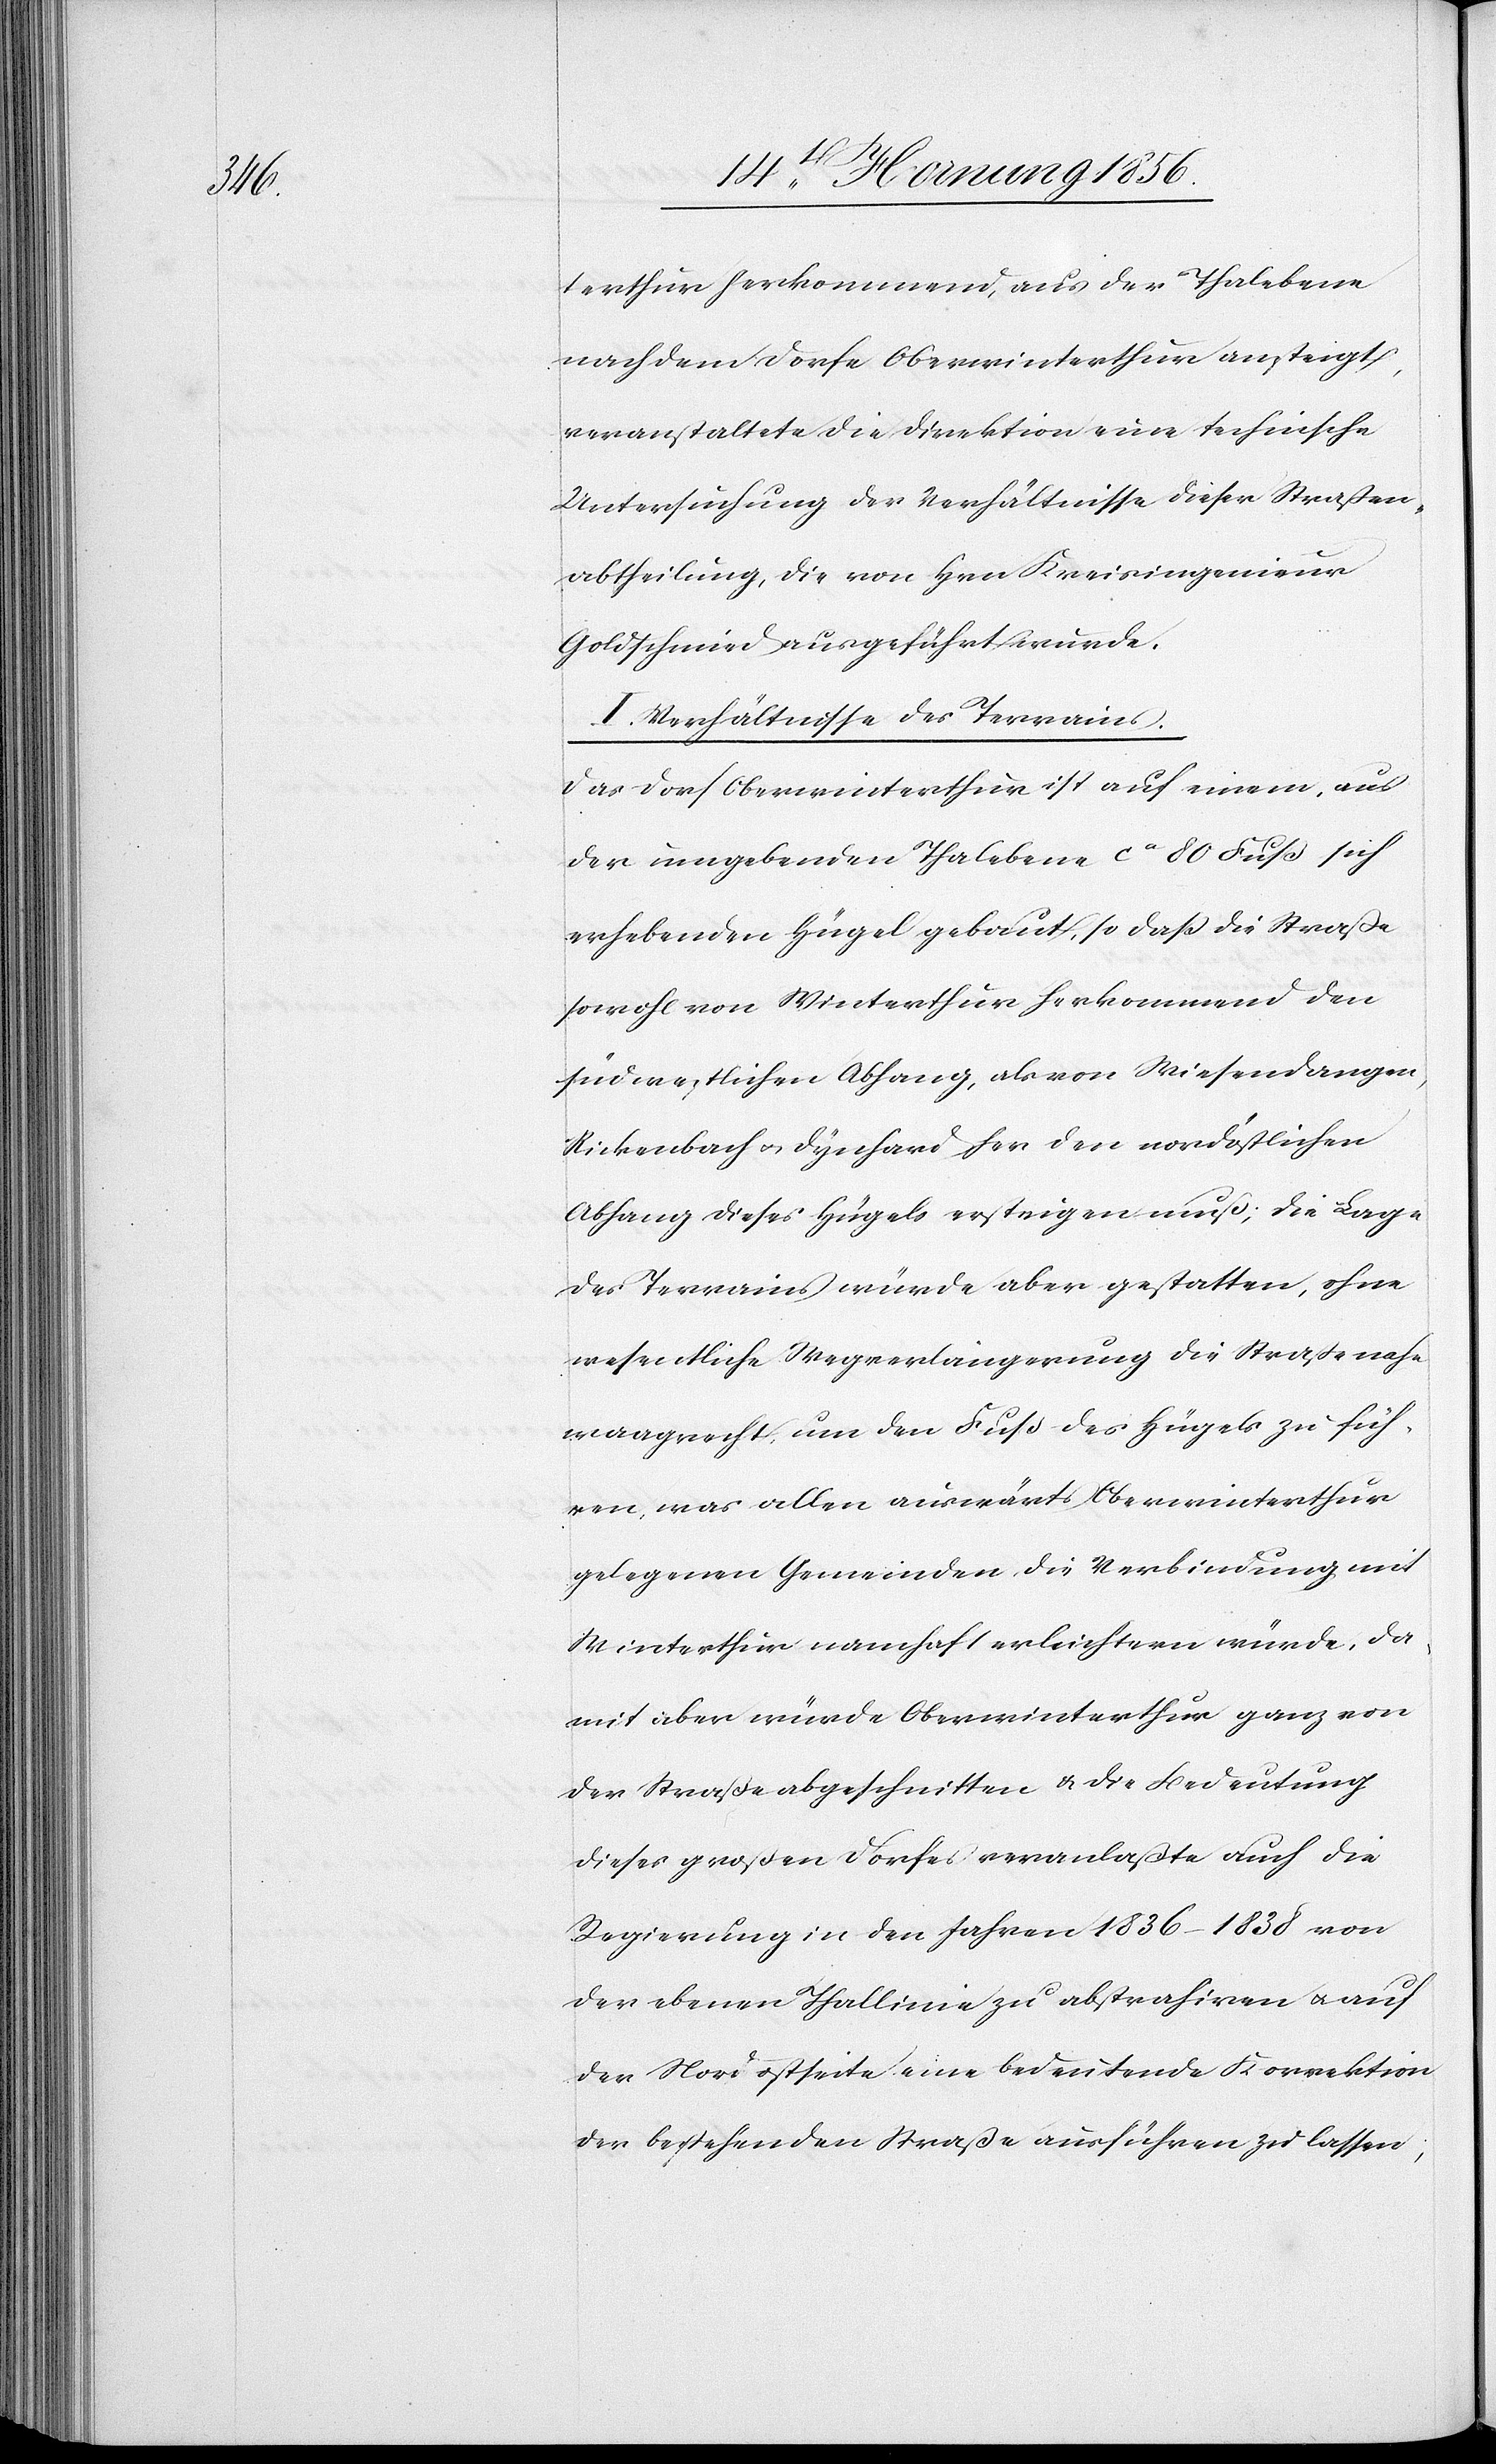
terthur herkommend, aus der Thalebene
nach dem Dorfe Oberwinterthur ansteigt,
veranstaltete die Direktion eine technische
Untersuchung der Verhältnisse dieser Straßen¬
abtheilung, die von Hrn Kreisingenieur
Goldschmied ausgeführt wurde.
I. Verhältnisse des Terrains
Das Dorf Oberwinterthur ist auf einem, aus
der umgebenden Thalebene ca 80 Fuß sich
erhebenden Hügel gebaut, so daß die Straße
sowohl von Winterthur herkommend den
südwestlichen Abhang, als von Wiesendangen,
Rickenbach u. Dynhard her den nordöstlichen
Abhang dieses Hügels ersteigen muß; die Lage
des Terrains würde aber gestatten, ohne
wesentliche Wegverlängerung die Straße nahe
waagrecht, um den Fuß des Hügels zu füh¬
ren, was allen auswärts Oberwinterthur
gelegenen Gemeinden die Verbindung mit
Winterthur namhaft erleichtern würde, da¬
mit aber würde Oberwinterthur ganz von
der Straße abgeschnitten & die Bedeutung
dieses großen Dorfes veranlaßte auch die
Regierung in den Jahren 1836–1838 von
der ebenen Thallinie zu abstrahiren u. auf
der Nordostseite eine bedeutende Korrektion
der betreffenden Straße ausführen zu lassen;